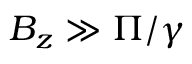
B _ { z } \gg { \Pi / \gamma }